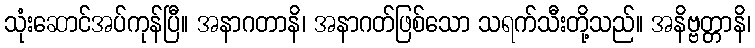
သုံးဆောင်အပ်ကုန်ပြီ။ အနာဂတာနိ၊ အနာဂတ်ဖြစ်သော သရက်သီးတို့သည်။ အနိဗ္ဗတ္တာနိ၊